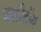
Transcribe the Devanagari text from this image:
पालीटॉय